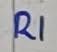
Text: R1